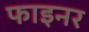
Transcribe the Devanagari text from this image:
फाइनर